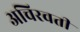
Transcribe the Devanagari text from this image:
अचिरवती